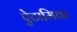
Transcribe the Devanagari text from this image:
ऐटामिक